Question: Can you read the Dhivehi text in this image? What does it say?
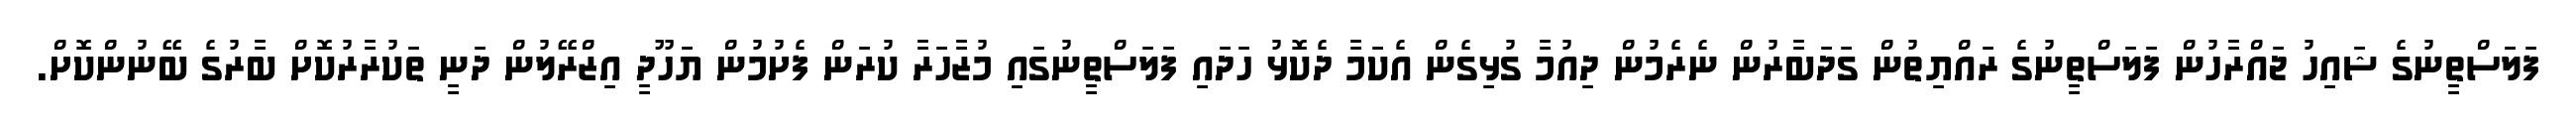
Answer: ފަލަސްތީނުގެ ޝައިހު ޖައްރާހުން ފަލަސްތީނުގެ ރައްޔިތުން ގަދަބާރުން ނެރެމުން ދިއުމާ ގުޅިގެން އެކަމާ ދެކޮޅު ހަދައި ފަލަސްތީނުގައި މުޒާހަރާ ކުރަން ފެށުމުން ޔަހޫދީ އިޒްރޭލުން ދަނީ ތަކުރާރުކޮށް ބާރުގެ ބޭނުންކޮށް.